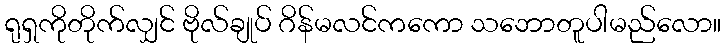
ရုရှကိုတိုက်လျှင် ဗိုလ်ချုပ် ဂိန်မလင်ကကော သဘောတူပါမည်လော။